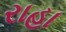
રાહા